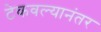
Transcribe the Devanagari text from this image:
टेकवल्यानंतर